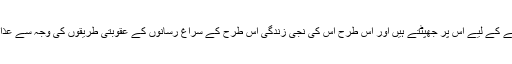
مار آستین اسے ڈسنے کے لیے اس پر جھپٹتے ہیں اور اس طرح اس کی نجی زندگی اس طرح کے سراغ رسانوں کے عقوبتی طریقوں کی وجہ سے عذاب بنا دی جاتی ہے۔